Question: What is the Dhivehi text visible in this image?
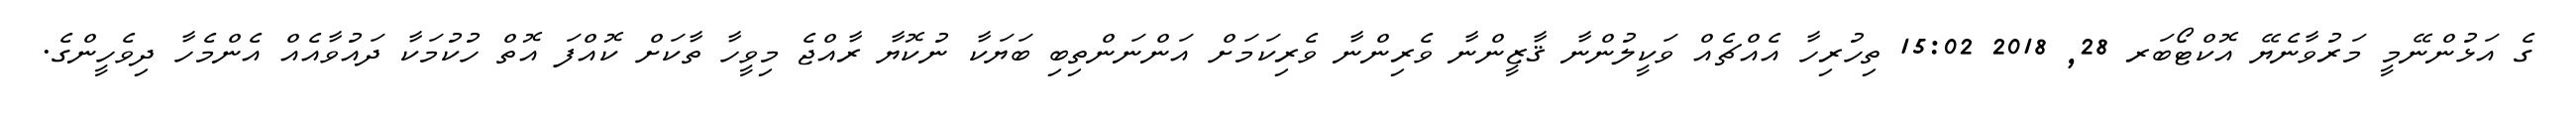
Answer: ގެ އަޅުންނޭމީ މަރުވާނެޔޭ އޮކްޓޯބަރ 28, 2018 15:02 ތިހުރިހާ އެއްޗެއް ވަކީލުންނާ ޤާޒީންނާ ވެރިންނާ ވެރިކަމަށް އަންނަންތިބި ބަޔަކާ ނުކޮޔާ ރާއްޖެ މިވީހާ ތާކަށް ކޮއްފަ އޮތް ހުކުމަކާ ދައުވާއެއް އެންމެހާ ދިވެހީންގެ.